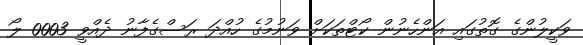
ވަކީލުންގެ ގޮތުގައި އަންހެނުން ކޯޓްތަކަށް ވަނުމުގެ ހުއްދަ ރަސްގެފާނު ދެއްވީ 0003 ލޯ